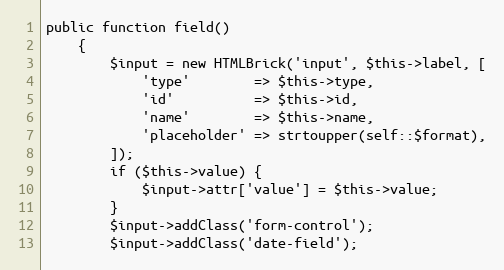
Language: PHP
public function field()
    {
        $input = new HTMLBrick('input', $this->label, [
            'type'        => $this->type,
            'id'          => $this->id,
            'name'        => $this->name,
            'placeholder' => strtoupper(self::$format),
        ]);
        if ($this->value) {
            $input->attr['value'] = $this->value;
        }
        $input->addClass('form-control');
        $input->addClass('date-field');